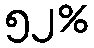
၅၂%